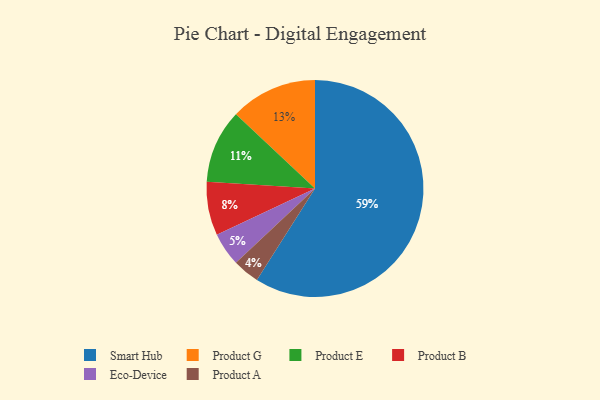
{"axis": {"x": "Category", "y": "Percentage"}, "legend": ["Eco-Device", "Product A", "Product B", "Product E", "Product G", "Smart Hub"], "data": [{"x": "Eco-Device", "y": 5, "type": "Eco-Device"}, {"x": "Product B", "y": 8, "type": "Product B"}, {"x": "Smart Hub", "y": 59, "type": "Smart Hub"}, {"x": "Product E", "y": 11, "type": "Product E"}, {"x": "Product A", "y": 4, "type": "Product A"}, {"x": "Product G", "y": 13, "type": "Product G"}]}